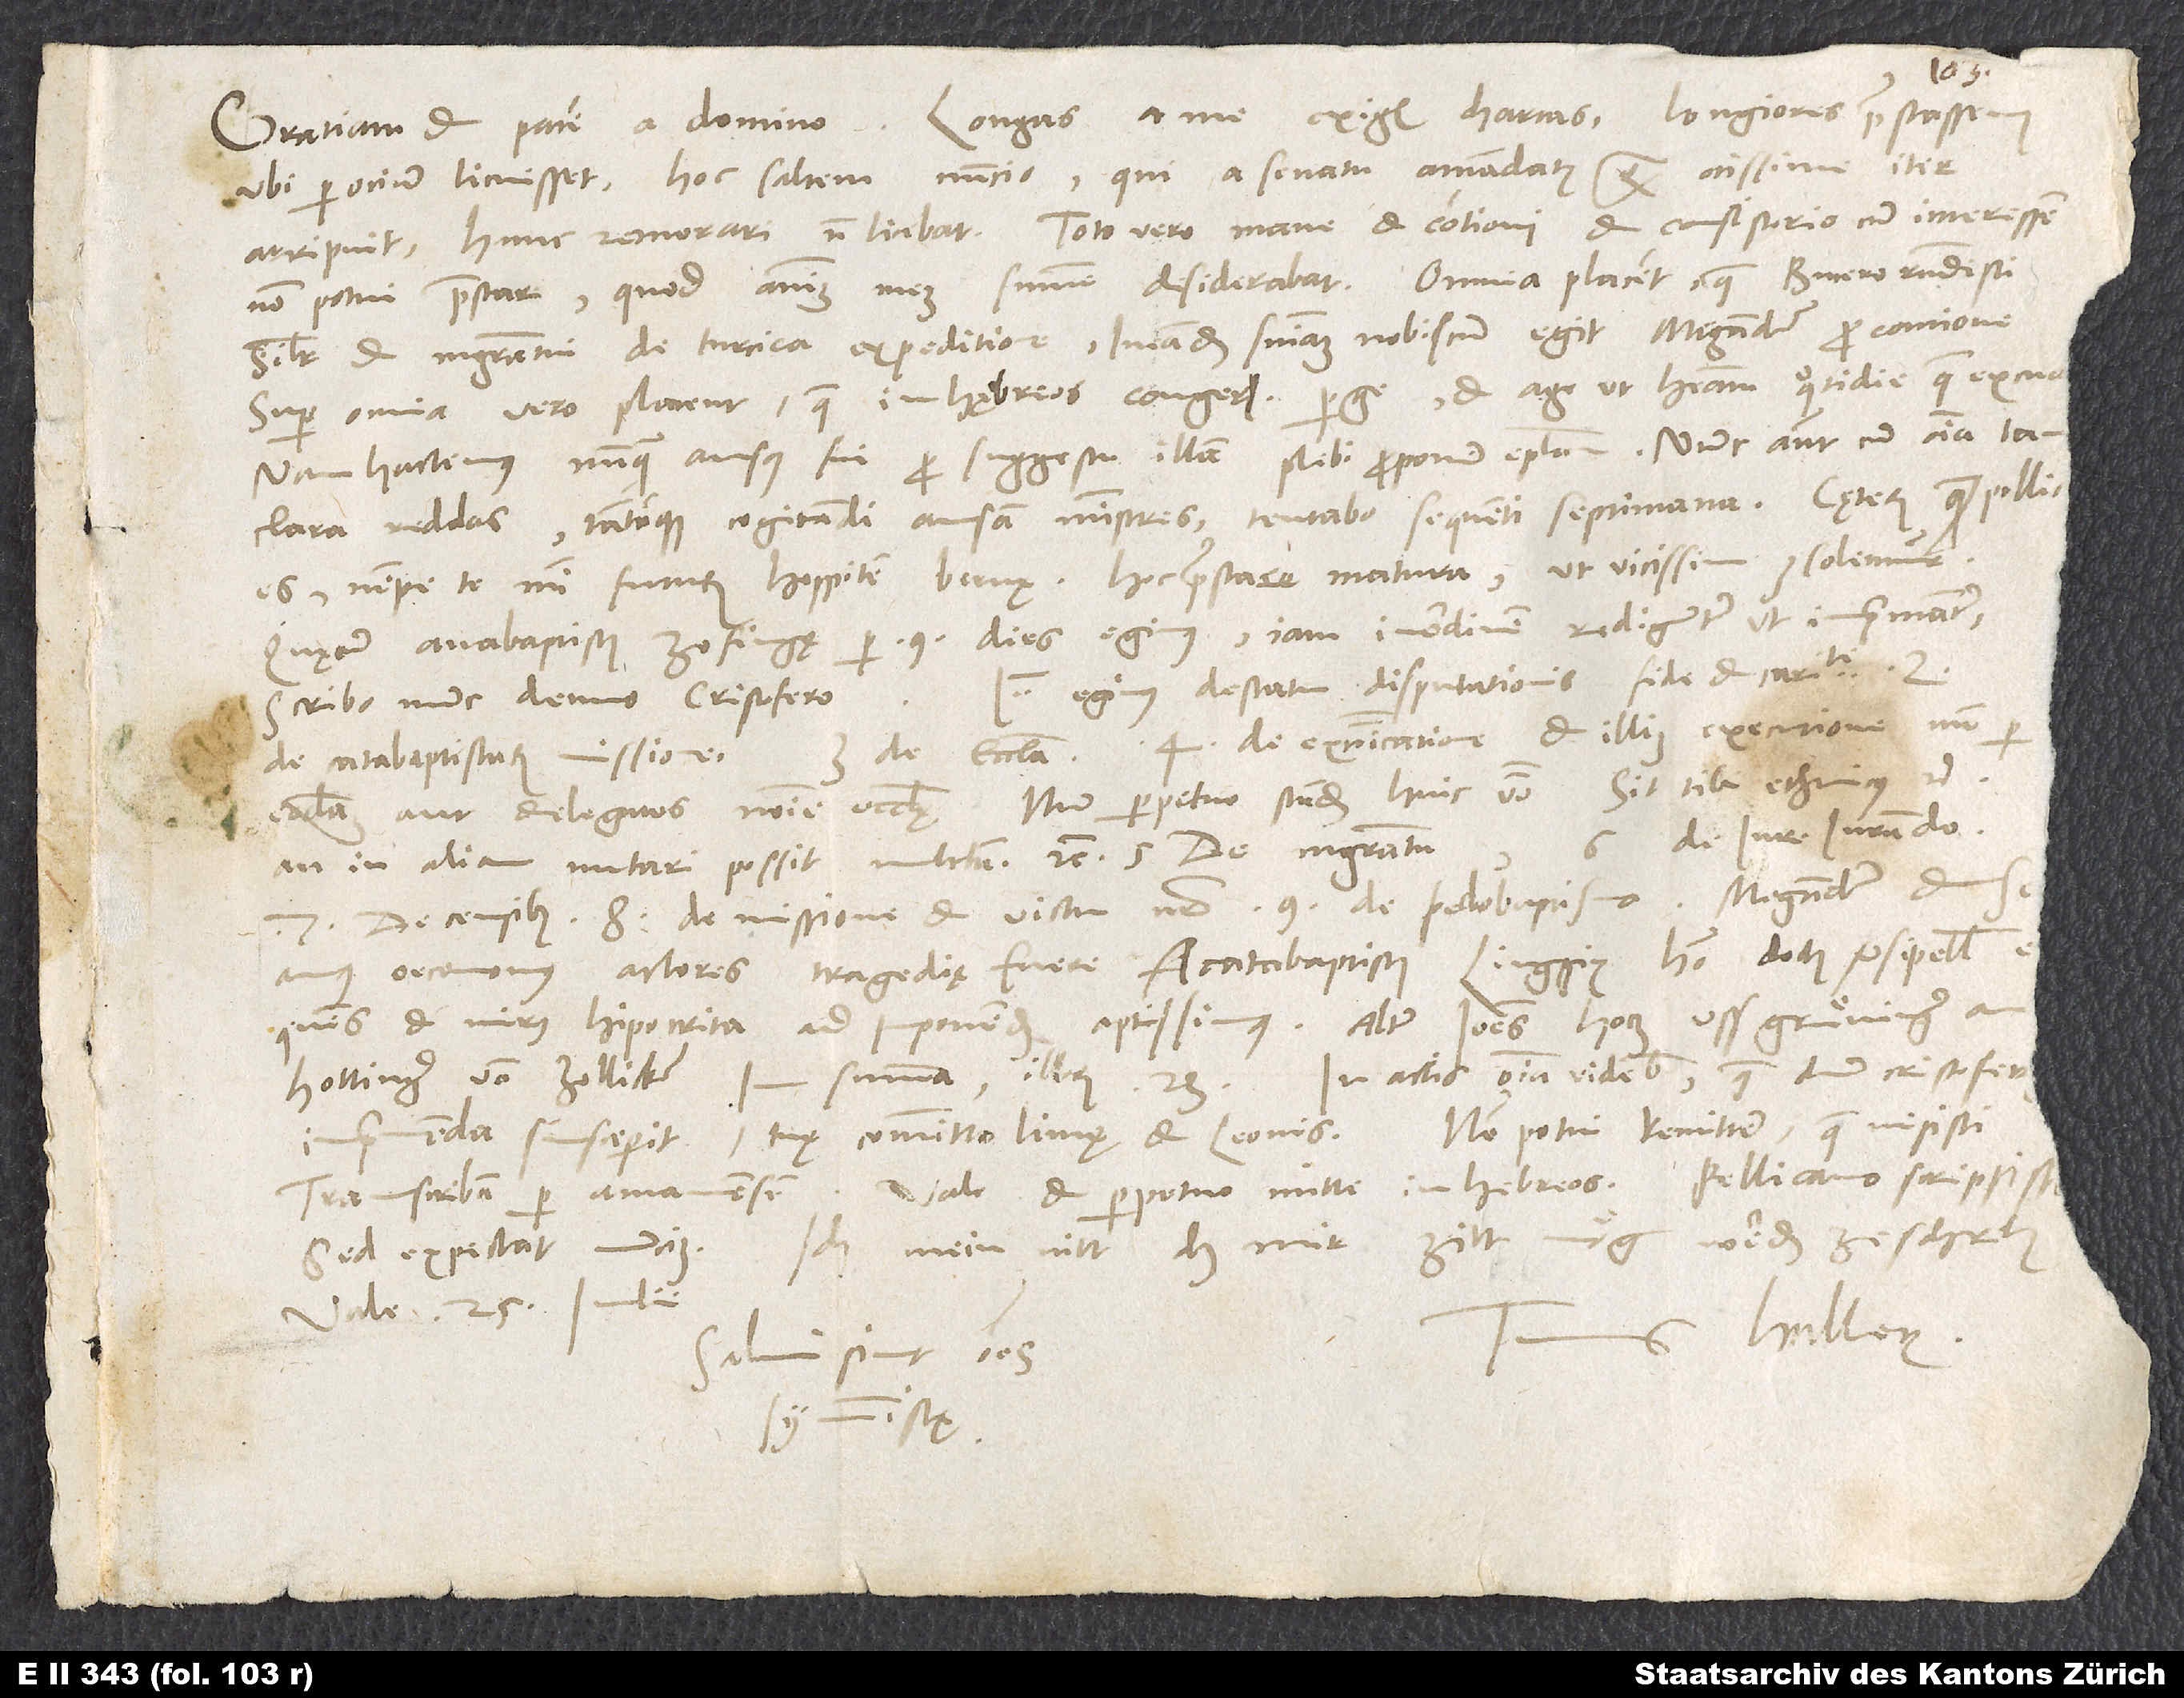
ubi per ocium licuisset, hoc saltem nuncio, qui a senatu amandatus quam ocissime iter
arripuit. Hunc remorari non licebat. Toto vero mane et contioni et consistorio cum interessem,
Super omnia vero placent, quae in Hębreos congeris. Perge et age, ut habeam quotidie, quae excud.
Nam hactenus nunquam ausus fui pro suggestu illam plebi proponere epistolam, nunc autem, cum omnia tam
clara reddas tantamque cogitandi ansam ministres, tentabo sequenti septimana.
es, nempe te mihi futurum hospitem Bernę, hoc praestare matura, ut vicissim consolemur.
Quę cum anabaptistis Zofingę per 9 dies egimus, iam in ordinem rediguntur, ut imprimantur;
egimus de statu disputationis, fide et caritate,
scribo nunc denuo Christofero:
de catabaptistarum missione, 3. de ecclesia, 4. de excommunicatione et illius executione, num per
ecclesiam aut delegatos nomine ecclesię, num perpetuo standum huic verbo: «Sit tibi ethnicus» etc.
imprimenda susceperit, tuę committo limae et Leonis. Non potui remittere, quae misisti.
Tuus Hallerus.
Salvi sint omnes
symmistę.